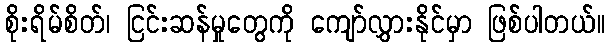
စိုးရိမ်စိတ်၊ ငြင်းဆန်မှုတွေကို ကျော်လွှားနိုင်မှာ ဖြစ်ပါတယ်။